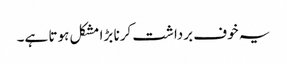
یہ خوف برداشت کرنا بڑا مشکل ہوتا ہے۔